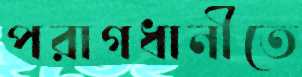
পরাগধানীতে